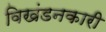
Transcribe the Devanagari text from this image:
विखंडनकारी